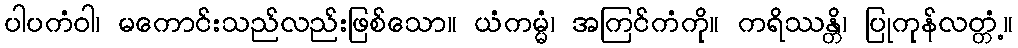
ပါပကံဝါ၊ မကောင်းသည်လည်းဖြစ်သော။ ယံကမ္မံ၊ အကြင်ကံကို။ ကရိဿန္တိ၊ ပြုကုန်လတ္တံ့။